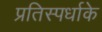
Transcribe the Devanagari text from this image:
प्रतिस्पर्धाके